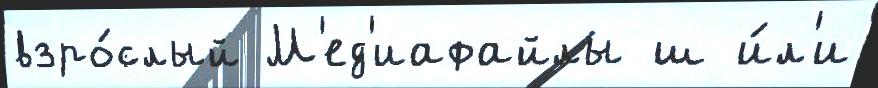
взро́слый М'ед'иафайлы ш и́л'и